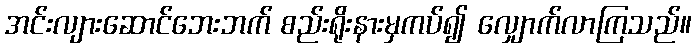
အင်းလျားဆောင်ဘေးဘက် စည်းရိုးနားမှကပ်၍ လျှောက်လာကြသည်။